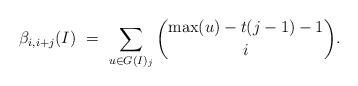
LaTeX: \begin{align*}\beta_{i,i+j}(I)\ =\ \sum_{u\in G(I)_j}\binom{\max(u)-t(j-1)-1}{i}.\end{align*}